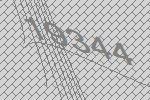
19344